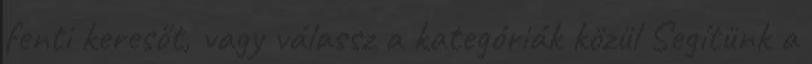
fenti keresőt, vagy válassz a kategóriák közül Segítünk a